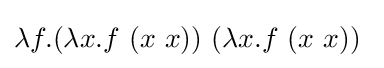
\lambda f.(\lambda x.f\ (x\ x))\ (\lambda x.f\ (x\ x))\